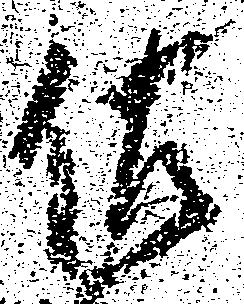
佐